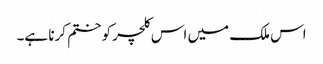
اس ملک میں اس کلچر کو ختم کرنا ہے۔